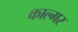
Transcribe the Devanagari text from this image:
काल्मर